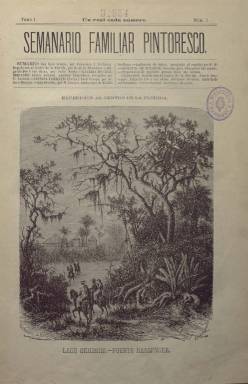
Título: Semanario familiar pintoresco
Colección: Revistas de información general
Ámbito geográfico: Barcelona
Lugar de publicación: Barcelona
Fechas: 01/01/1879-31/12/1881

Publicación editada en Barcelona a partir de 1879 de 16 páginas compuestas a dos columnas y sin periodicidad conocida, aunque presumiblemente semanal. Estaba dedicada fundamentalmente a la mujer y a la familia. Con artículos de viajes, costumbres y aventuras exóticas, de moda, arte y divulgación científica, además de novelas por entregas, incluía secciones fijas tituladas: Galería de Celebridades, Ciencia Familiar, Jardinería de Salón o Secretos de Tocador.

    A la venta al precio de un real por número, en el Semanario familiar pintoresco  colaboró una de las mejores poetas y novelistas de la segunda mitad del Siglo XIX, María Mendoza de Vives, con relatos como la leyenda bíblica La buena hija, publicado en 1879.

   Uno de los aspectos más destacados de la publicación fueron sus grabados. Regularmente, eran cuatro, el de portada, dos en las páginas centrales y un último de menor tamaño en la última página. Estas ilustraciones mostraban paisajes y monumentos de países remotos o retratos de personajes del pasado o contemporáneos como Leonardo da Vinci o Verdi, además de imágenes de moda, jardinería u hogar.

   El editor e impresor de la publicación, Salvador Manero, era un conocido militante republicano y masón cuya labor abarca prácticamente toda la segunda mitad del siglo XIX.

   La investigadora Pura Fernández, del Instituto de la Lengua Española del CSIC, que ha estudiado la trayectoria de este editor barcelonés, destaca cómo Manero supo combinar la edición comercial con la propiamente ideológica, dado que editó a muchos compañeros de militancia política y en lengua catalana.

   Manero, que compartía fondo bibliográfico con la editorial madrileña San Martín, había hecho fortuna con las novelas por entregas y el Semanario familiar pintoresco respondía a ese gusto que, junto con la curiosidad por lo exótico, estaba en pleno apogeo.

   La BNE tiene hasta el número 156 de la revista, que cerraba el sexto tomo, publicado en 1881. Al parecer se publicó un séptimo tomo en 1882, pero se desconoce con exactitud cuándo dejó de editarse.

   Tampoco se conoce con certeza las fechas de las entregas.

[Descripción publicada el 5/6/2018]